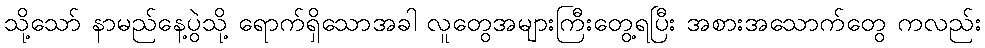
သို့သော် နာမည်နေ့ပွဲသို့ ရောက်ရှိသောအခါ လူတွေအများကြီးတွေ့ရပြီး အစားအသောက်တွေ ကလည်း